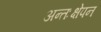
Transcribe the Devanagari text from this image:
अन्तःक्षेपन